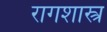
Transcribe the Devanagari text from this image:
रागशास्त्र